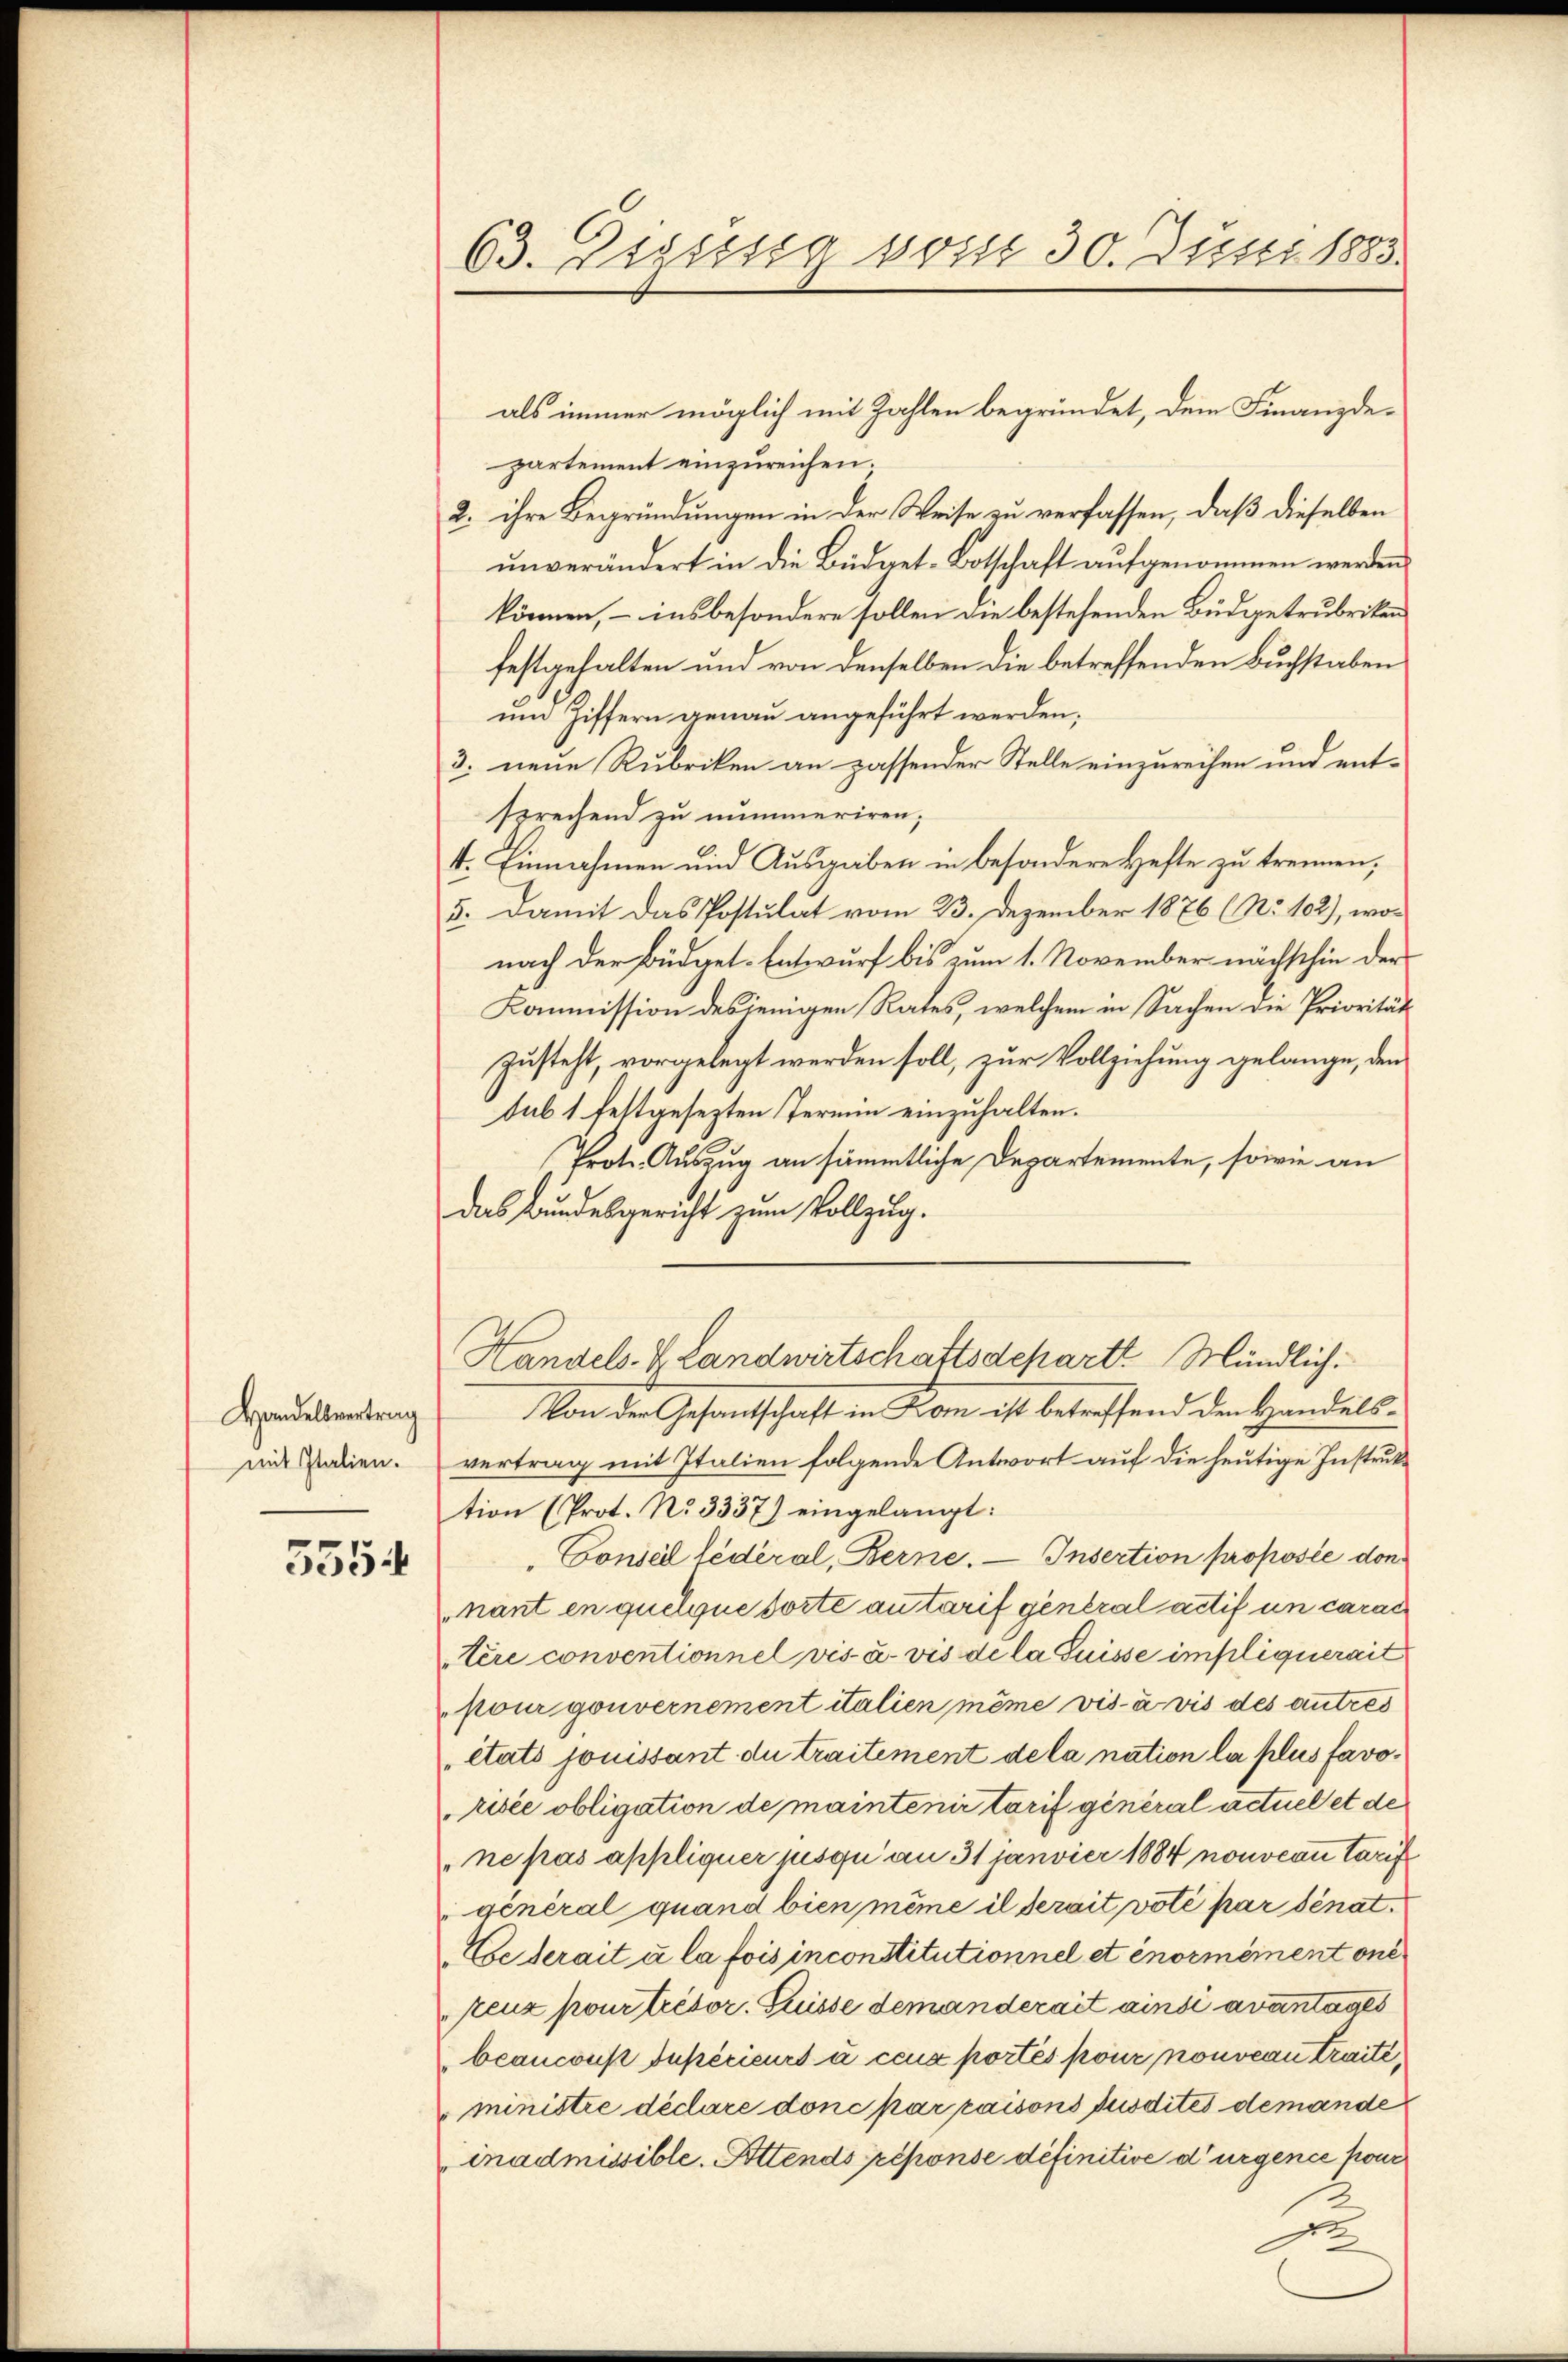
Handelsvertrag
mit Italien.

3554

63. Prässsa sost 30. Justi 1883.

partement einzureichen.
2. ihre Begründungen in der Weise zu verfassen, daß dieselben
unverändert in die Büdget-Botschaft aufgenommen werden
können, – insbesondere sollen die bestehenden Büdgetrubriken
festgehalten und von denselben die betreffenden Buchstaben
um Ziffern genau angeführt werden;
3. neue Rubriken an passender Stelle einzureihen und ent-
sprechend zu nummeriren;
II. Einnahmen und Ausgaben in besondere Hefte zu trennen;
5. Damit das Postulat vom 23. Dezember 1876 (No 102), wonach der Büdget-Entwurf bis zum 1. November nächschin der
Kommission desjenigen Rates, welchem in Sachen die Priorität
zusteht, vorgelegt werden soll, zur Vollziehung gelange, den
sub 1 festgesezten Termin einzuhalten.
Prot. Auszug an sämmtliche Departemente, sowie an
das Bundesgericht zum Vollzug.
Von der Gesantschaft in Kom ist betreffend den Handelsvertrag mit Italien folgende Antwort auf die heutige Instruktion (Prot. No. 3337) eingelangt:
Conseil fédéral, Berne. — Insertion proposie don
nant en quelque sorte autarif general actif un carac
Tère conventionnel vis- u. vis de la Suisse impliquerait
pour gouvernement italien même vis-à vis des autres
etats jouissant du traitement de la nation la plus favorisée obligation de maintenir tarif général actuel et de
ne pas appliquer jusqu an 31 Janvier 1884 nouveau tarif
general quand bien même il serait voté par Senat.
Ceterait à la fois inconstitutionnel et énormément one
reuz pour trésor. Puisse demanderait ainsi avantages
beanconst supérieurs à ceux portés pour nouveau traité,
ministie déclare donc par raisons Jusdites demande
inadmissible. Ottends réponse definitive d’urgence pour
e

als immer möglich mit Zahlen begründet, dem Finanzde-

Handels- & Landwirtschaftsdeparte Mündlich.